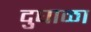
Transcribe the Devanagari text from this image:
दुघाळा